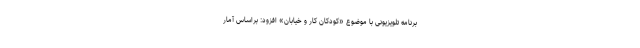
برنامه تلویزیونی با موضوع «کودکان کار و خیابان» افزود: براساس آمار